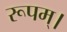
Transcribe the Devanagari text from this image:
रूपम्।